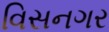
વિસનગર